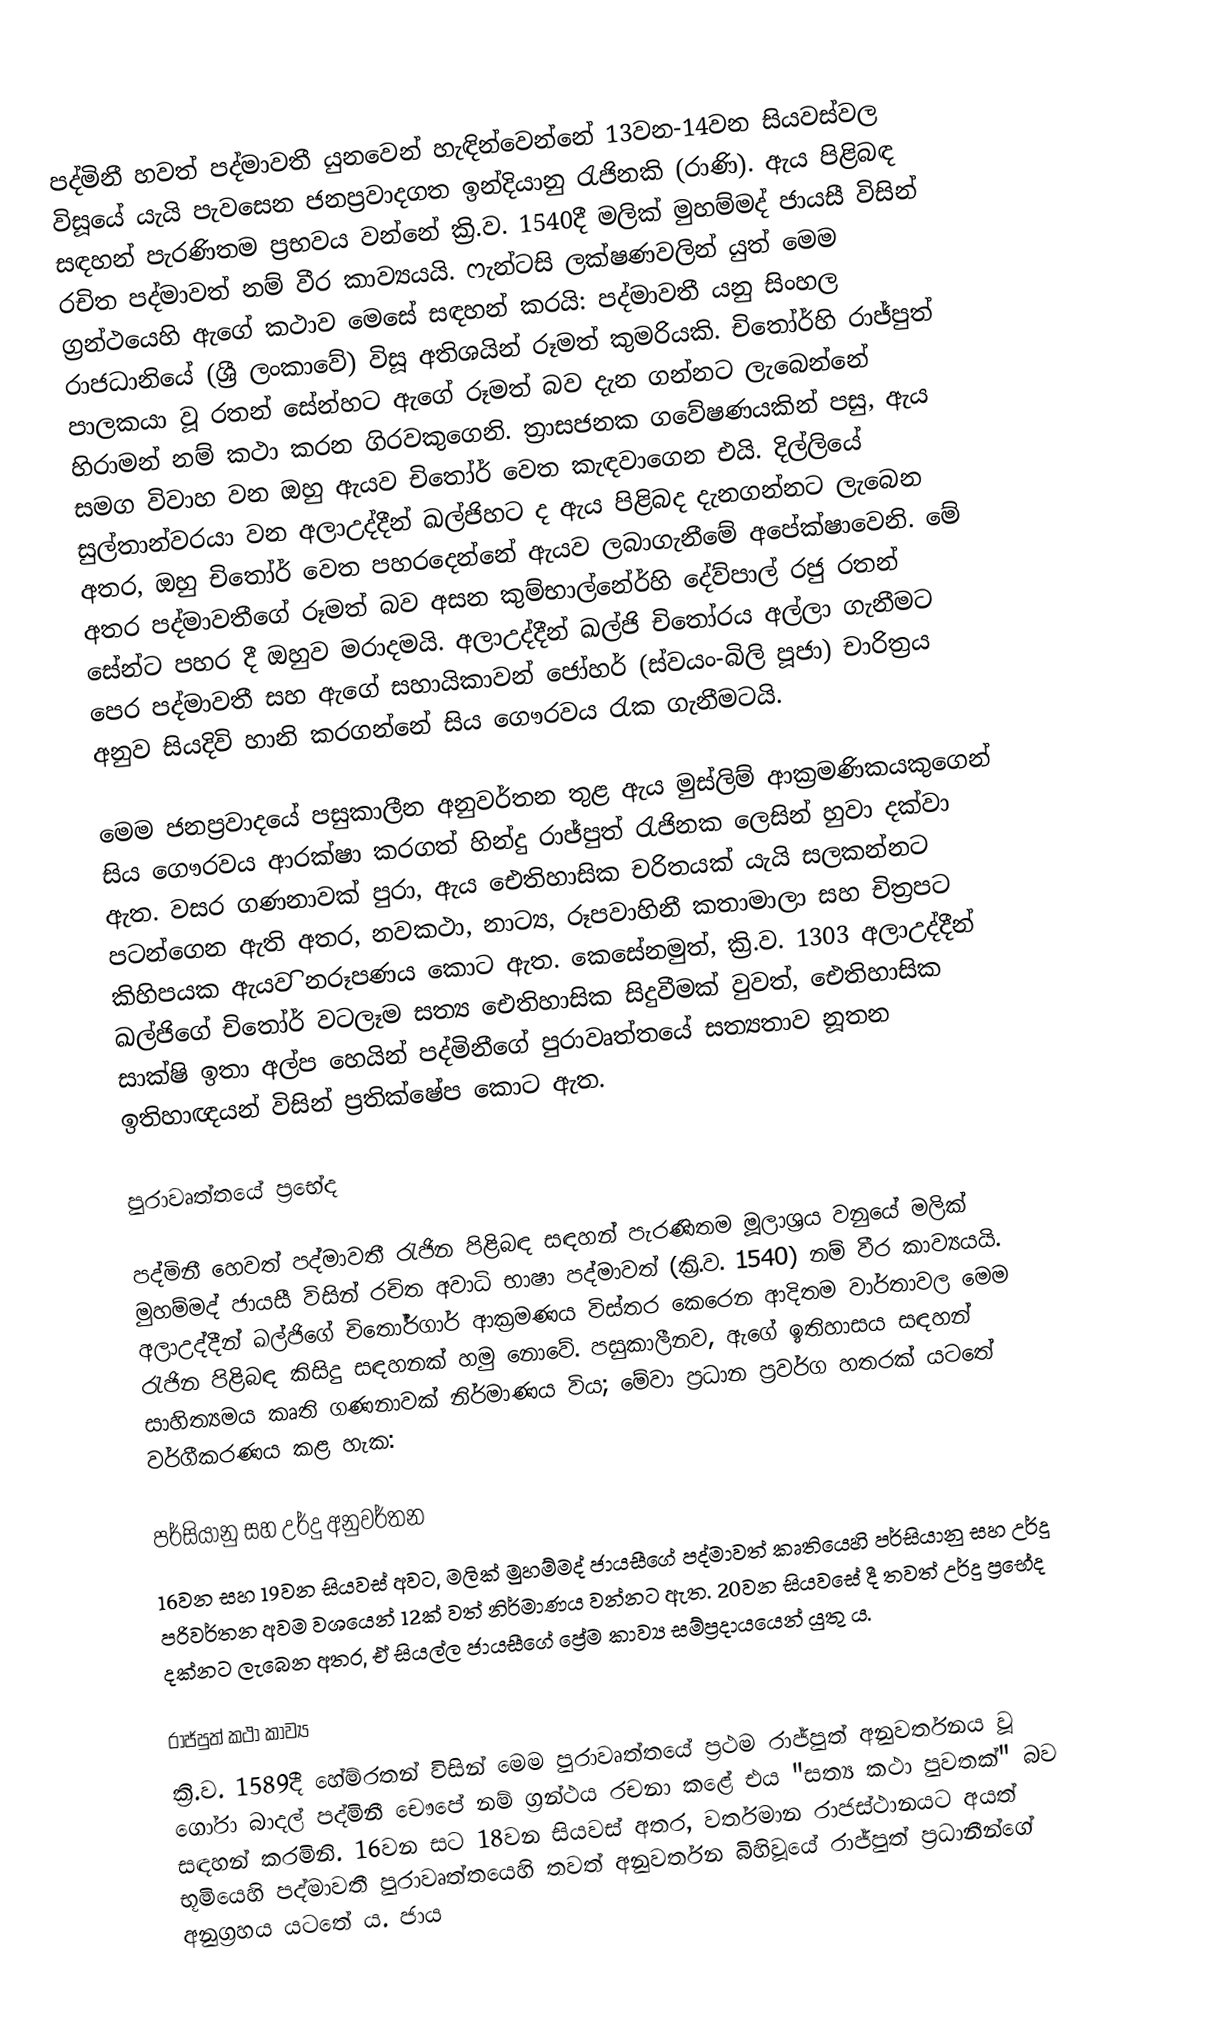
පද්මිනී හවත් පද්මාවතී යුනවෙන් හැඳින්වෙන්නේ 13වන-14වන සියවස්වල විසූයේ යැයි පැවසෙන ජනප්‍රවාදගත ඉන්දියානු රැජිනකි (රාණි). ඇය පිළිබඳ සඳහන් පැරණිතම ප්‍රභවය වන්නේ ක්‍රි.ව. 1540දී මලික් මුහම්මද් ජායසී විසින් රචිත පද්මාවත් නම් වීර කාව්‍යයයි. ෆැන්ටසි ලක්ෂණවලින් යුත් මෙම ග්‍රන්ථයෙහි ඇගේ කථාව මෙසේ සඳහන් කරයි: පද්මාවතී යනු සිංහල රාජධානියේ (ශ්‍රී ලංකාවේ) විසූ අතිශයින් රූමත් කුමරියකි. චිතෝර්හි රාජ්පුත් පාලකයා වූ රතන් සේන්හට ඇගේ රූමත් බව දැන ගන්නට ලැබෙන්නේ හිරාමන් නම් කථා කරන ගිරවකුගෙනි. ත්‍රාසජනක ගවේෂණයකින් පසු, ඇය සමග විවාහ වන ඔහු ඇයව චිතෝර් වෙත කැඳවාගෙන එයි. දිල්ලියේ සුල්තාන්වරයා වන අලාඋද්දීන් ඛල්ජිහට ද ඇය පිළිබද දැනගන්නට ලැබෙන අතර, ඔහු චිතෝර් වෙත පහරදෙන්නේ ඇයව ලබාගැනීමේ අපේක්ෂාවෙනි. මේ අතර පද්මාවතීගේ රූමත් බව අසන කුම්භාල්නේර්හි දේව්පාල් රජු රතන් සේන්ට පහර දී ඔහුව මරාදමයි. අලාඋද්දීන් ඛල්ජි චිතෝරය අල්ලා ගැනීමට පෙර පද්මාවතී සහ ඇගේ සහායිකාවන් ජෝහර් (ස්වයං-බිලි පූජා) චාරිත්‍රය අනුව සියදිවි හානි කරගන්නේ සිය ගෞරවය රැක ගැනීමටයි.

මෙම ජනප්‍රවාදයේ පසුකාලීන අනුවර්තන තුළ ඇය මුස්ලිම් ආක්‍රමණිකයකුගෙන් සිය ගෞරවය ආරක්ෂා කරගත් හින්දු රාජ්පුත් රැජිනක ලෙසින් හුවා දක්වා ඇත. වසර ගණනාවක් පුරා, ඇය ඓතිහාසික චරිතයක් යැයි සලකන්නට පටන්ගෙන ඇති අතර, නවකථා, නාට්‍ය, රූපවාහිනී කතාමාලා සහ චිත්‍රපට කිහිපයක ඇයව ිනරූපණය කොට ඇත. කෙසේනමුත්, ක්‍රි.ව. 1303 අලාඋද්දීන් ඛල්ජිගේ චිතෝර් වටලෑම සත්‍ය ඓතිහාසික සිදුවීමක් වුවත්, ඓතිහාසික සාක්ෂි ඉතා අල්ප හෙයින් පද්මිනීගේ පුරාවෘත්තයේ සත්‍යතාව නූතන ඉතිහාඥයන් විසින් ප්‍රතික්ෂේප කොට ඇත.

පුරාවෘත්තයේ ප්‍රභේද

පද්මිනී හෙවත් පද්මාවතී රැජින පිළිබඳ සඳහන් පැරණිතම මූලාශ්‍රය වනුයේ මලික් මුහම්මද් ජායසී විසින් රචිත අවාධි භාෂා පද්මාවත් (ක්‍රි.ව. 1540) නම් වීර කාව්‍යයයි. අලාඋද්දීන් ඛල්ජිගේ චිතෝර්ගාර් ආක්‍රමණය විස්තර කෙරෙන ආදිතම වාර්තාවල මෙම රැජින පිළිබඳ කිසිදු සඳහනක් හමු නොවේ. පසුකාලීනව, ඇගේ ඉතිහාසය සඳහන් සාහිත්‍යමය කෘති ගණනාවක් නිර්මාණය ‍විය; මේවා ප්‍රධාන ප්‍රවර්ග හතරක් යටතේ වර්ගීකරණය කළ හැක:

 පර්සියානු සහ උර්දු අනුවර්තන
 16වන සහ 19වන සියවස් අවට, මලික් මුහම්මද් ජායසීගේ පද්මාවත් කෘතියෙහි පර්සියානු සහ උර්දු පරිවර්තන අවම වශයෙන් 12ක් වත් නිර්මාණය වන්නට ඇත. 20වන සියවසේ දී තවත් උර්දු ප්‍රභේද දක්නට ලැබෙන අතර, ඒ සියල්ල ජායසීගේ ප්‍රේම කාව්‍ය සම්ප්‍රදායයෙන් යුතු ය.

 රාජ්පුත් කථා කාව්‍ය
 ක්‍රි.ව. 1589දී හේම්රතන් විසින් මෙම පුරාවෘත්තයේ ප්‍රථම රාජ්පුත් අනුවර්තනය වූ ගෝරා බාදල් පද්මිනී චෞපේ නම් ග්‍රන්ථය රචනා කළේ එය "සත්‍ය කථා පුවතක්" බව සඳහන් කරමිනි. 16වන සට 18වන සියවස් අතර, වර්තමාන රාජස්ථානයට අයත් භූමියෙහි පද්මාවතී පුරාවෘත්තයෙහි තවත් අනුවර්තන බිහිවූයේ රාජ්පුත් ප්‍රධානීන්ගේ අනුග්‍රහය යටතේ ය. ජාය